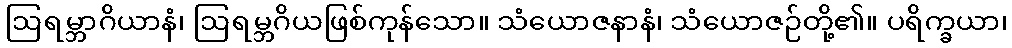
ဩရမ္ဘာဂိယာနံ၊ ဩရမ္ဘဂိယဖြစ်ကုန်သော။ သံယောဇနာနံ၊ သံယောဇဉ်တို့၏။ ပရိက္ခယာ၊